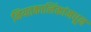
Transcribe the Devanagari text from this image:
नियतकालिंकांमधून